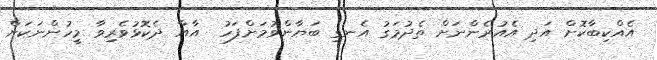
އެއްކިބާކޮށް އަދި އެއުރެންނަށް ތެދުމަގު އެނގި ބަޔާންވުމަށްފަހު  އާއާ ދެކޮޅުވެރިވާ މީހުންނަކަށް